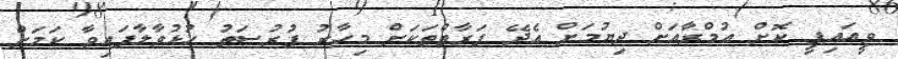
ވީއައިޕީ ކޮށް އުމްރާއަށް ދިޔުމަށް އެދޭ ފަރާތްތަކަށް މިހާރު ފުރުސަތު ހުޅުވާލާފައިވާ ކަމަށް